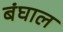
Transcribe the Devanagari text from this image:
बंघाल